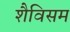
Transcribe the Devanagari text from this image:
शैविसम